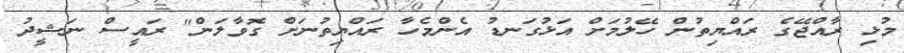
މުޅި ރާއްޖޭގެ ރައްޔިތުން ހޭލުމަށް އަޅުގަނޑު އެންމެހާ ރައްޔިތުނަށް ގޮވާލަން" ރައީސް ނަޝީދު